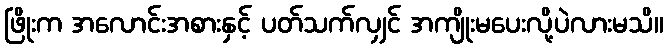
ဖြိုးက အလောင်းအစားနှင့် ပတ်သက်လျှင် အကျိုးမပေးလို့ပဲလားမသိ။